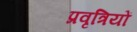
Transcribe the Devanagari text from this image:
प्रवृत्रियों